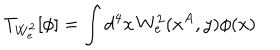
T _ { W _ { e } ^ { 2 } } [ \phi ] = \int \mathrm { d } ^ { 4 } x \, W _ { e } ^ { 2 } ( x ^ { A } , y ) \phi ( x )